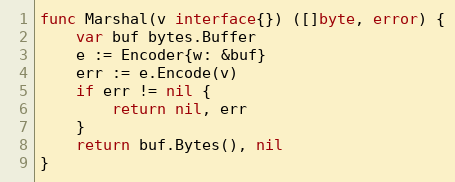
Language: Go
func Marshal(v interface{}) ([]byte, error) {
	var buf bytes.Buffer
	e := Encoder{w: &buf}
	err := e.Encode(v)
	if err != nil {
		return nil, err
	}
	return buf.Bytes(), nil
}